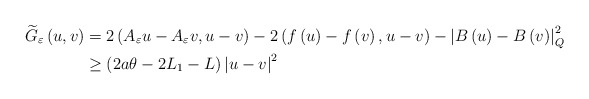
\begin{align*}\widetilde{G}_{\varepsilon}\left( u,v\right) & =2\left( A_{\varepsilon}u-A_{\varepsilon}v,u-v\right) -2\left( f\left( u\right) -f\left(v\right) ,u-v\right) -\left\vert B\left( u\right) -B\left( v\right)\right\vert _{Q}^{2}\\& \geq\left( 2a\theta-2L_{1}-L\right) \left\vert u-v\right\vert ^{2}\end{align*}